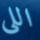
اللى